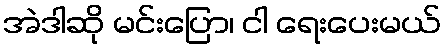
အဲဒါဆို မင်းပြော၊ ငါ ရေးပေးမယ်